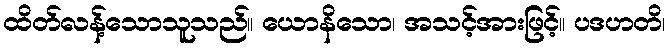
ထိတ်လန့်သောသူသည်။ ယောနိသော၊ အသင့်အားဖြင့်။ ပဒဟတိ၊